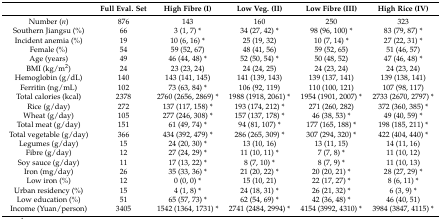
<table><thead><tr><td></td><td><b>Full Eval. Set</b></td><td><b>High Fibre (I)</b></td><td><b>Low Veg. (II)</b></td><td><b>Low Fibre (III)</b></td><td><b>High Rice (IV)</b></td></tr></thead><tbody><tr><td>Number (<i>n</i>)</td><td>876</td><td>143</td><td>160</td><td>250</td><td>323</td></tr><tr><td>Southern Jiangsu (%)</td><td>66</td><td>3 (1, 7) *</td><td>34 (27, 42) *</td><td>98 (96, 100) *</td><td>83 (79, 87) *</td></tr><tr><td>Incident anemia (%)</td><td>19</td><td>10 (6, 16) *</td><td>25 (19, 32)</td><td>10 (7, 14) *</td><td>27 (22, 31) *</td></tr><tr><td>Female (%)</td><td>54</td><td>59 (52, 67)</td><td>48 (41, 56)</td><td>59 (52, 65)</td><td>51 (46, 57)</td></tr><tr><td>Age (years)</td><td>49</td><td>46 (44, 48) *</td><td>52 (50, 54) *</td><td>50 (48, 52)</td><td>47 (46, 48) *</td></tr><tr><td>BMI (kg/m<sup>2</sup>)</td><td>24</td><td>23 (23, 24)</td><td>24 (24, 25)</td><td>24 (23, 24)</td><td>24 (23, 24)</td></tr><tr><td>Hemoglobin (g/dL)</td><td>140</td><td>143 (141, 145)</td><td>141 (139, 143)</td><td>139 (137, 141)</td><td>139 (138, 141)</td></tr><tr><td>Ferritin (ng/mL)</td><td>102</td><td>73 (63, 84) *</td><td>106 (92, 119)</td><td>110 (100, 121)</td><td>107 (98, 117)</td></tr><tr><td>Total calories (kcal)</td><td>2378</td><td>2760 (2656, 2869) *</td><td>1988 (1918, 2061) *</td><td>1954 (1901, 2007) *</td><td>2733 (2670, 2797) *</td></tr><tr><td>Rice (g/day)</td><td>272</td><td>137 (117, 158) *</td><td>193 (174, 212) *</td><td>271 (260, 282)</td><td>372 (360, 385) *</td></tr><tr><td>Wheat (g/day)</td><td>105</td><td>277 (246, 308) *</td><td>157 (137, 178) *</td><td>46 (38, 53) *</td><td>49 (40, 59) *</td></tr><tr><td>Total meat (g/day)</td><td>151</td><td>61 (49, 74) *</td><td>94 (81, 107) *</td><td>177 (165, 188) *</td><td>198 (185, 211) *</td></tr><tr><td>Total vegetable (g/day)</td><td>366</td><td>434 (392, 479) *</td><td>286 (265, 309) *</td><td>307 (294, 320) *</td><td>422 (404, 440) *</td></tr><tr><td>Legumes (g/day)</td><td>15</td><td>24 (20, 30) *</td><td>13 (10, 16)</td><td>13 (11, 15)</td><td>14 (11, 16)</td></tr><tr><td>Fibre (g/day)</td><td>12</td><td>27 (24, 29) *</td><td>11 (10, 11) *</td><td>7 (7, 8) *</td><td>11 (10, 12)</td></tr><tr><td>Soy sauce (g/day)</td><td>11</td><td>17 (13, 22) *</td><td>8 (7, 10) *</td><td>8 (7, 9) *</td><td>11 (10, 13)</td></tr><tr><td>Iron (mg/day)</td><td>26</td><td>35 (33, 36) *</td><td>21 (20, 22) *</td><td>20 (20, 21) *</td><td>28 (27, 29) *</td></tr><tr><td>Low iron (%)</td><td>12</td><td>0 (0, 0) *</td><td>15 (10, 21)</td><td>22 (17, 27) *</td><td>8 (6, 11) *</td></tr><tr><td>Urban residency (%)</td><td>15</td><td>4 (1, 8) *</td><td>24 (18, 31) *</td><td>26 (21, 32) *</td><td>6 (3, 9) *</td></tr><tr><td>Low education (%)</td><td>51</td><td>65 (57, 73) *</td><td>62 (54, 69) *</td><td>42 (36, 48) *</td><td>46 (40, 51)</td></tr><tr><td>Income (Yuan/person)</td><td>3405</td><td>1542 (1364, 1731) *</td><td>2741 (2484, 2994) *</td><td>4154 (3992, 4310) *</td><td>3984 (3847, 4115) *</td></tr></tbody></table>